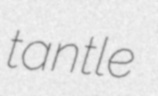
tantle